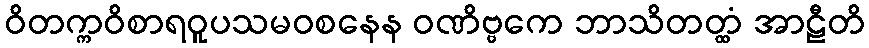
ဝိတက္ကဝိစာရဝူပသမဝစနေန ဝဏိဗ္ဗကေ ဘာသိတတ္ထံ အာဠီတိ